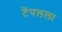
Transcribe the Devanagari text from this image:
टेंपलला